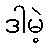
ဒါမဲ့